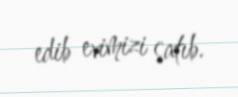
edib evimizi satıb.